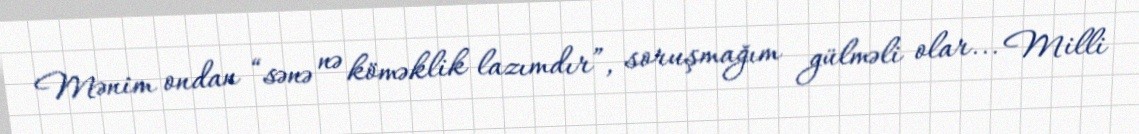
Mənim ondan “sənə nə köməklik lazımdır”, soruşmağım gülməli olar... Milli